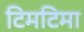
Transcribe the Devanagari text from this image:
टिमटिमा